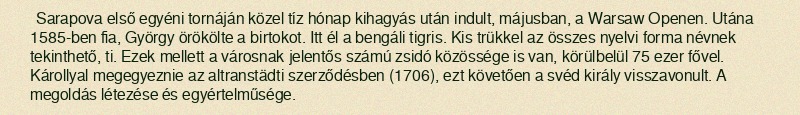
Sarapova első egyéni tornáján közel tíz hónap kihagyás után indult, májusban, a Warsaw Openen. Utána 1585-ben fia, György örökölte a birtokot. Itt él a bengáli tigris. Kis trükkel az összes nyelvi forma névnek tekinthető, ti. Ezek mellett a városnak jelentős számú zsidó közössége is van, körülbelül 75 ezer fővel. Károllyal megegyeznie az altranstädti szerződésben (1706), ezt követően a svéd király visszavonult. A megoldás létezése és egyértelműsége.